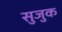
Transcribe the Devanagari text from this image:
सुजुक